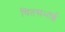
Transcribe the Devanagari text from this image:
चितसभाई